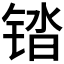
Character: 𰾓